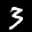
Label: 3